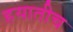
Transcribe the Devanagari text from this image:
हयातीच